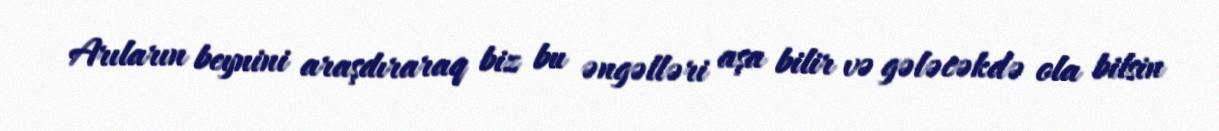
Arıların beynini araşdıraraq biz bu əngəlləri aşa bilir və gələcəkdə ola bilsin